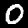
Label: 0